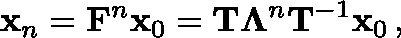
{ \bf x } _ { n } = { \bf F } ^ { n } { \bf x } _ { 0 } = { \bf T } \mathbf { \Lambda } ^ { n } { \bf T } ^ { - 1 } { \bf x } _ { 0 } \, ,